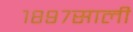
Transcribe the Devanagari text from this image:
१८९७साली